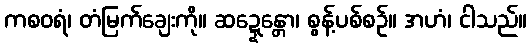
ကစဝရံ၊ တံမြက်ချေးကို။ ဆဍ္ဍေန္တော၊ စွန့်ပစ်စဉ်။ အဟံ၊ ငါသည်။